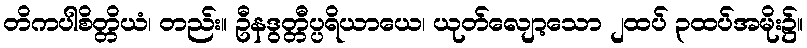
တိကပါစိတ္တိယံ၊ တည်း။ ဦနဒွတ္တီပ္ပရိယာယေ၊ ယုတ်လျော့သော ၂ထပ် ၃ထပ်အမိုး၌။